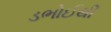
ડભોઈથી